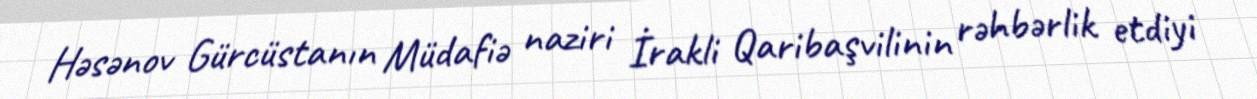
Həsənov Gürcüstanın Müdafiə naziri İrakli Qaribaşvilinin rəhbərlik etdiyi